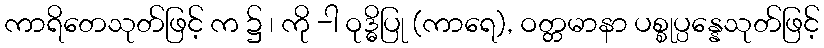
ကာရိတေသုတ်ဖြင့် က ၌ ၊ ကို -ါ ဝုဒ္ဓိပြု (ကာရေ), ဝတ္တမာနာ ပစ္စုပ္ပန္နေသုတ်ဖြင့်